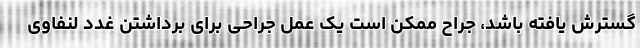
گسترش یافته باشد، جراح ممکن است یک عمل جراحی برای برداشتن غدد لنفاوی